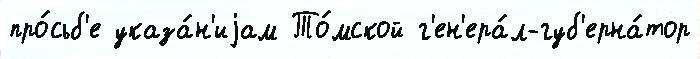
про́сьб'е указа́н'иjам То́мской г'ен'ера́л-губ'ерна́тор